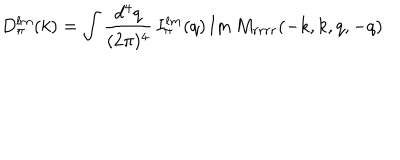
D _ { \pi } ^ { l m } ( k ) = \int { \frac { d ^ { 4 } q } { ( 2 \pi ) ^ { 4 } } } \, I _ { \pi } ^ { l m } ( q ) \, \mathrm { I m \, } M _ { r r r r } ( - k , k , q , - q )